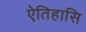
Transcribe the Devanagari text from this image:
ऐतिहासि